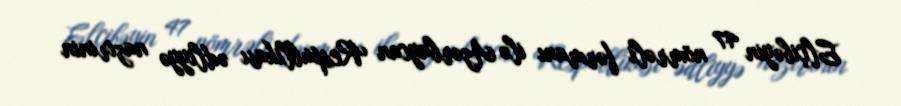
Elçibəyin 47 nömrəli fərmanı ilə Azərbaycan Respublikası ədliyyə nazirinin